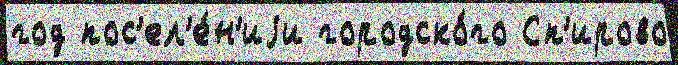
год пос'ел'е́н'иjи городско́го Сп'ирово